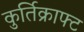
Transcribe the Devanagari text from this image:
कुर्तिक्राफ्ट